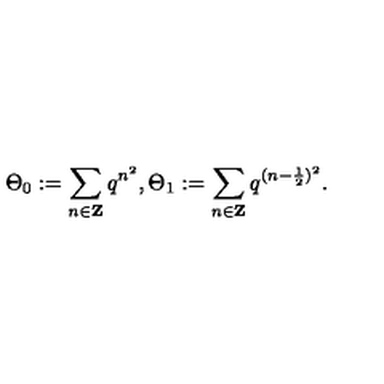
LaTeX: \Theta _ { 0 } : = \sum _ { n \in { \bf Z } } q ^ { n ^ { 2 } } , \Theta _ { 1 } : = \sum _ { n \in { \bf Z } } q ^ { ( n - \frac { 1 } { 2 } ) ^ { 2 } } .